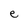
Character: e